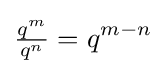
{\tfrac {q^{m}}{q^{n}}}=q^{m-n}